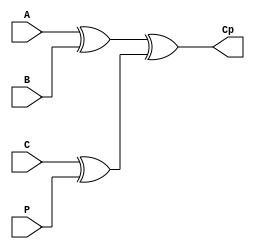
`timescale 1ns / 1ps        //12181457  Week2HW2


module week2HW2(
    input A,                //input A 
    input B,                //input B 
    input C,                //input C 
    input P,                //input P 
    output Cp               //output Cp 
    );
    wire w1;                //wire w1 
    wire w2;                //wire w2 
    
    assign w1 = A ^ B;      //w1 = A xor B
    assign w2 = C ^ P;      //w2 = C xor P
    assign Cp= w1 ^ w2;     //Cp = w1 xor w2
endmodule